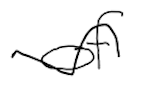
Text: of
Cross-out: wave
Writing tool: digital_black